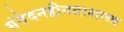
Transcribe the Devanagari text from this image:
संवेदनहीनताशास्त्र